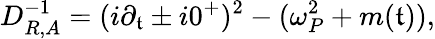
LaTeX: D_{R,A}^{-1}=({{i}}\partial_{\mathfrak{t}}\pm{{i}}0^{+})^{2}-(\omega_{P}^{2}+m(\mathfrak{t})),